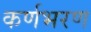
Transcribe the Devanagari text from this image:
कर्णभरण